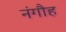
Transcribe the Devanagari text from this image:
नंगौह